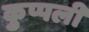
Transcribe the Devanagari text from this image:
कुप्पली